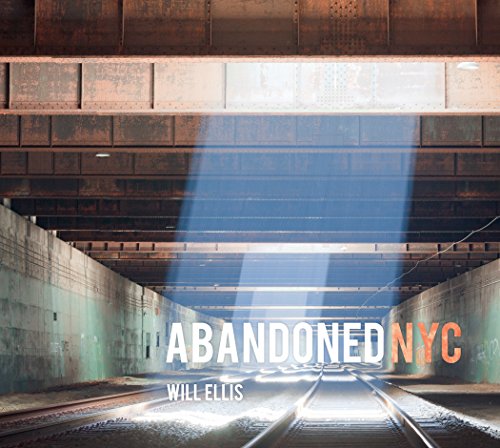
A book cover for Abandoned NYC; Will Ellis; Arts & Photography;